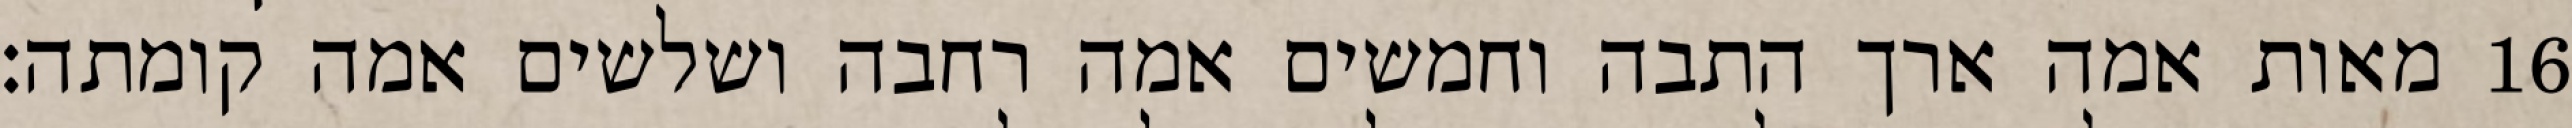
מאות אמה ארך התבה וחמשים אמה רחבה ושלשים אמה קומתה׃ ‎16‏